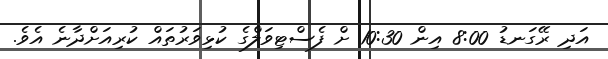
އަދި ރޭގަނޑު 8:00 އިން 10:30 ށް ފެސްޓިވަލްގެ ކުޅިވަރުތައް ކުރިއަށްދާނެ އެވެ.